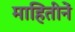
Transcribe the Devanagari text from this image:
माहितीनें